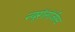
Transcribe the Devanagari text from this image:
न्यूरॉलॉजीस्ट